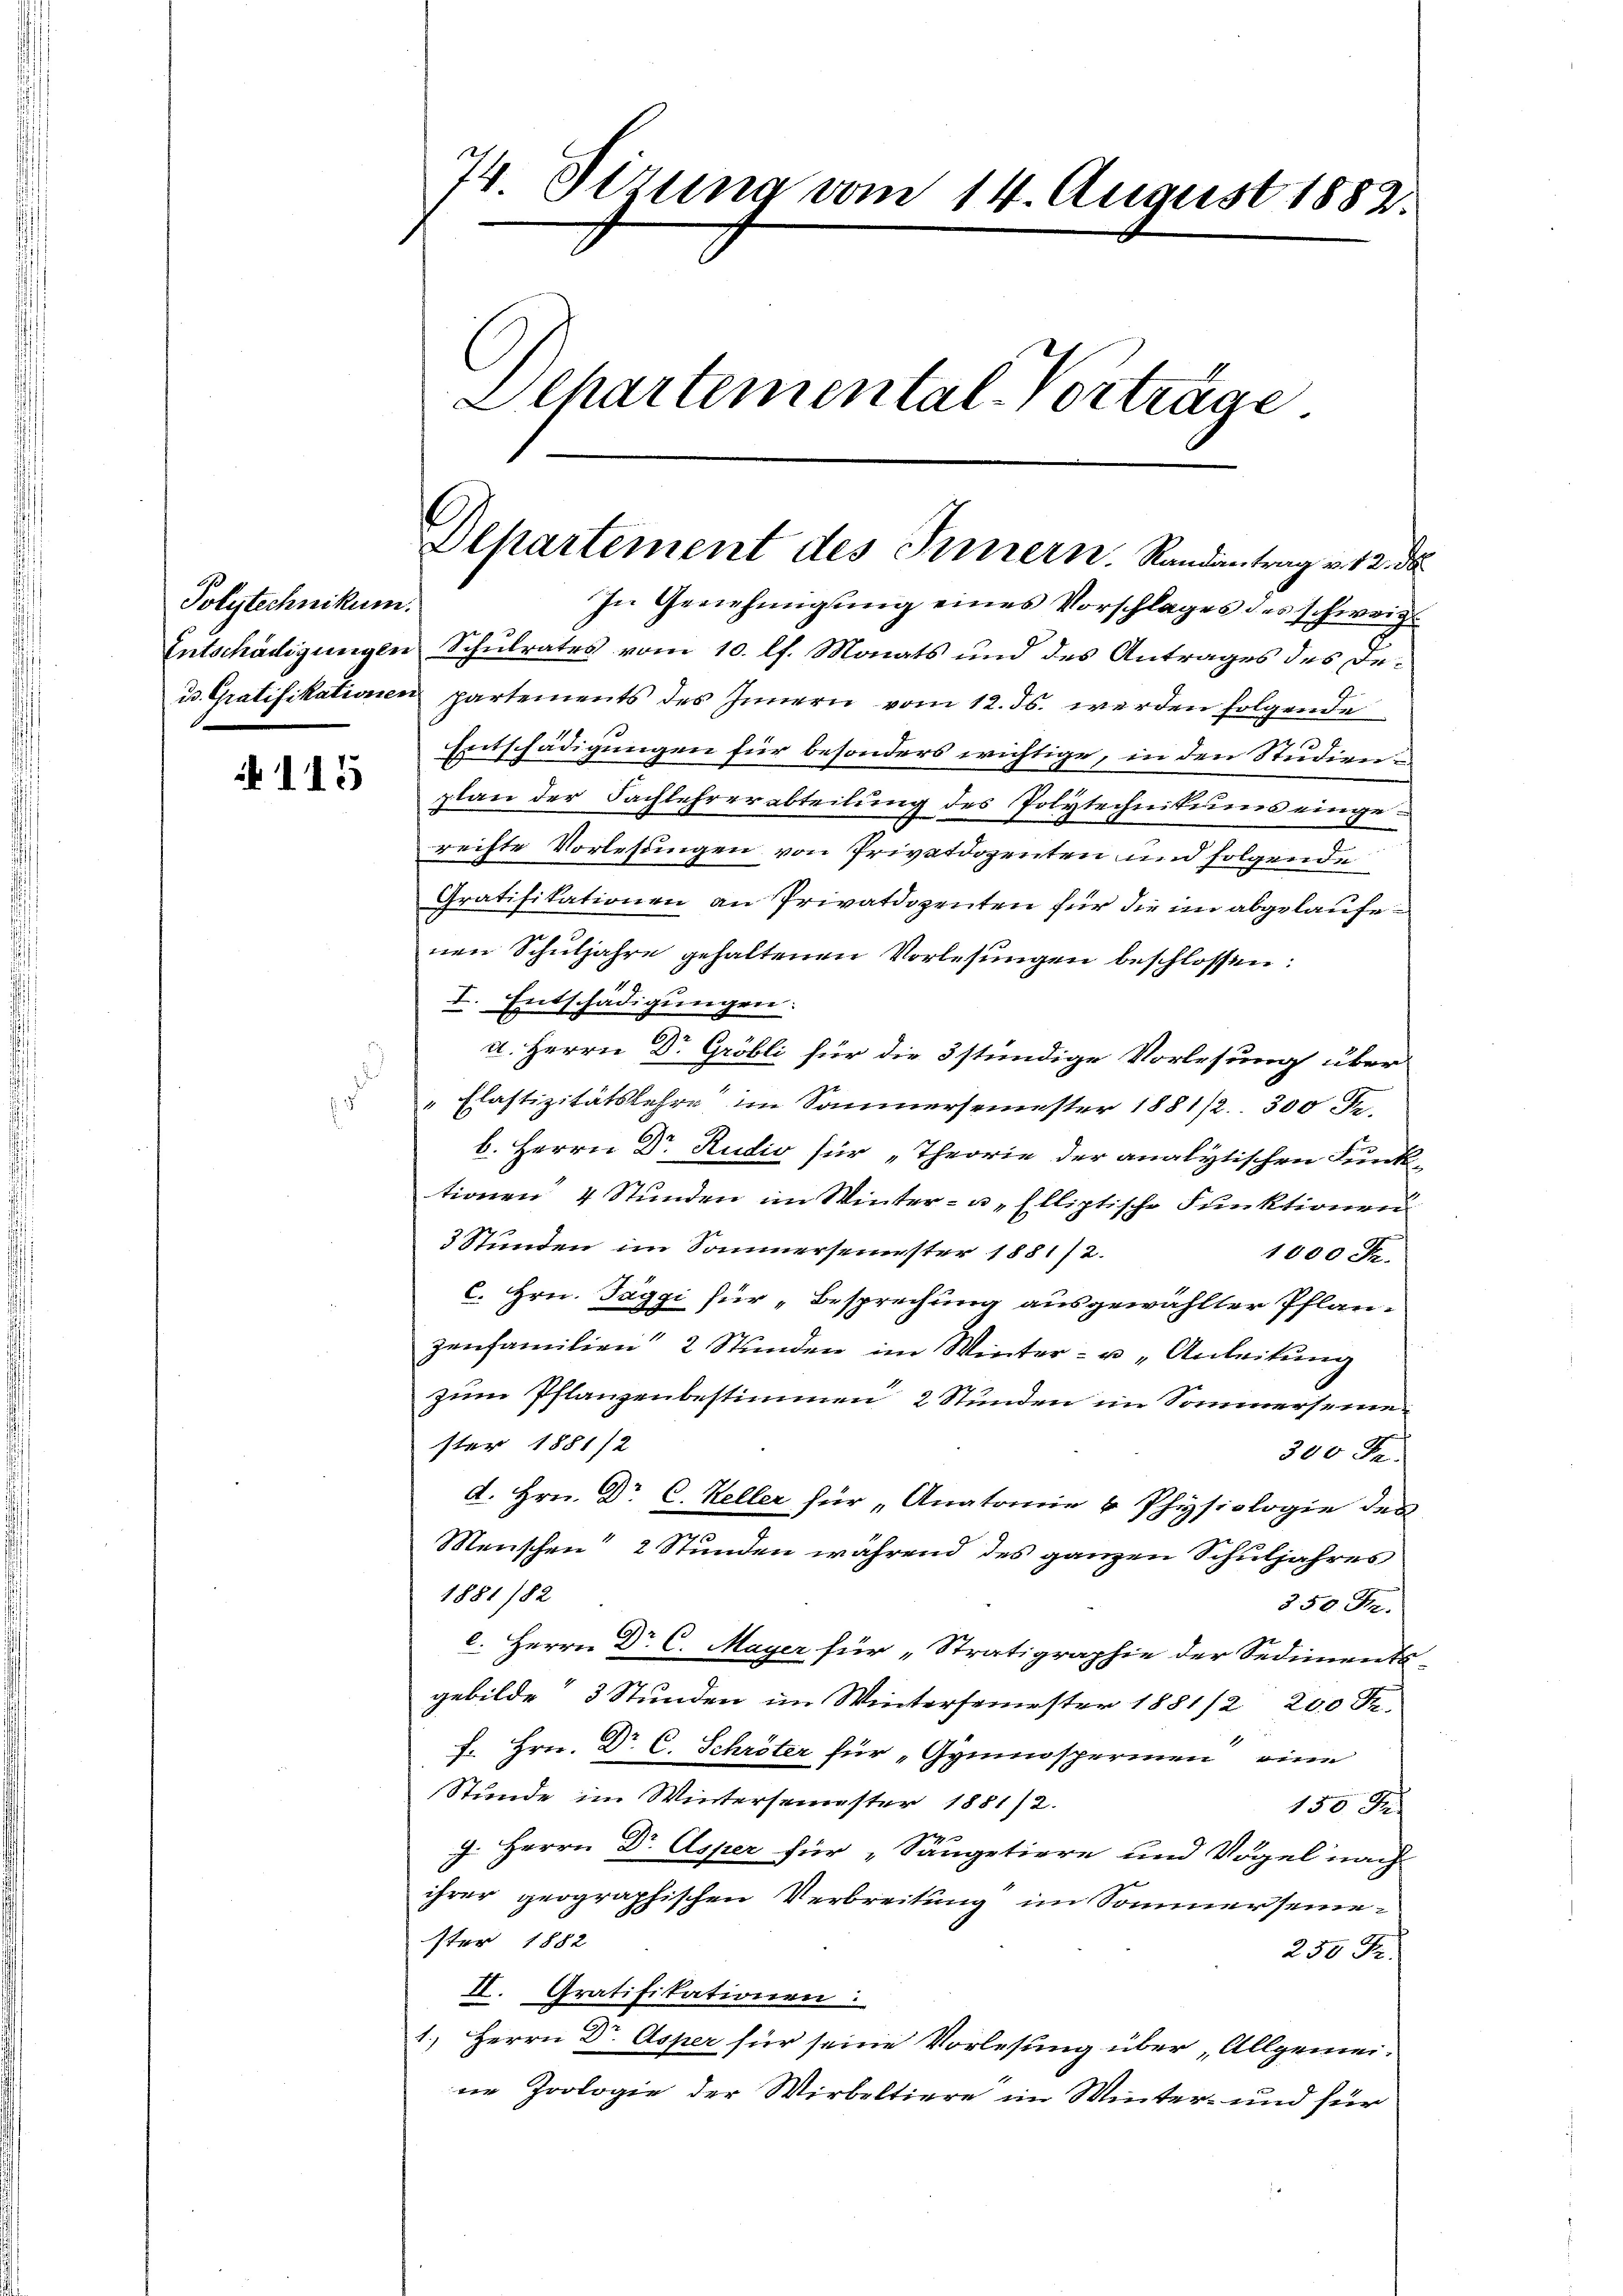
Polytechnikum.

115

74. Sizung vom 14. August 1882.
Departemental-Vorträge.

Departement des Innern. Randantrag v. 12. de

In Genehmigŭng eines Vorschlages des schweiz.
Entschädigungen Schulrates vom 10. lt. Monats und des Antrages des Deud. Gratifikationen partements des Innern vom 12. ds. werden folgende
Entschädigungen für besonders wichtige, in den Studien
plan der Fachlehrerabteilung des Polytechnikums eingerechte Vorlesungen von Privatdozenten und folgende
Gratifikationen an Privatdozenten für die im abgelaufenen Schuljahre gehaltenen Vorlesungen beschlossen:
I. Entschädigungen:
a. Herrn Dr. Gröbli für die 3 stündige Vorlesung über
" Elastizitätslehre im Sommersemester 1881/2. 300 Fr.
b. Herrn Dr. Rudio für „Theorie der analytischen Funk-
tionen 4 Stunden im Winter- u. Elliptische Funktionen
3 Stunden im Sommersemester 1881/2.
1000 Fr.
c. Hrn. Taggi für „Besprechung ausgewählter Pflanzenfamilien 2 Stunden im Winter- u Anleitung
zum Pflanzenbestimmen 2 Stunden im Sommerseine
ster 1881/2
300 Fr.
d. Hrn. Dr C. Keller für „Anatomie v Physiologie des
Menschen 2 Stunden während des ganzen Schuljahres
1881/82
§50 Fr.
c. Herrn Dr C. Mayer für „Stratigraphie der Sediments-
gebilde 3 Stunden im Wintersemester 1881/2 200 R.
fr. Hrn. Dr. C. Schröter für „Gyminsperinen eine
Stunde im Wintersemester 1881/2.
150 f
g. Herrn Dr Asper für „Sängetiere und Vögel nach
ihrer geographischen Verbreitung im Sommer seinester 1882
250 Fr.
II. Gratifikationen.
1.) Herrn Dr. Asper für seine Vorlesung über „Allgemei-
ne Zoologie der Wirbeltiere im Winter- und für